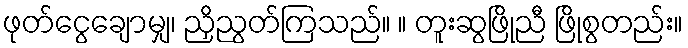
ဖုတ်ငွေချောမျှ၊ ညှိညွတ်ကြသည်။ ။ တူးဆွဖြိုညီ ဖြိုစွတည်း။